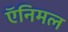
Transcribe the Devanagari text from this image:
ऍनिमल